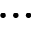
\ldots